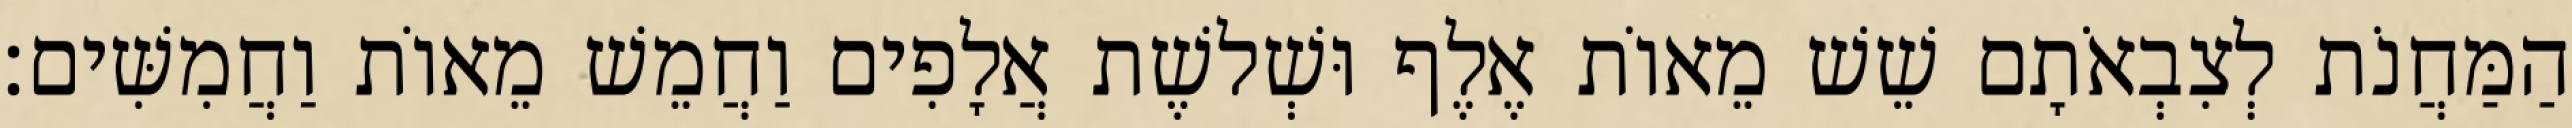
הַמַּחֲנֹת לְצִבְאֹתָם שֵׁשׁ מֵאוֹת אֶלֶף וּשְׁלשֶׁת אֲלָפִים וַחֲמֵשׁ מֵאוֹת וַחֲמִשִּׁים׃